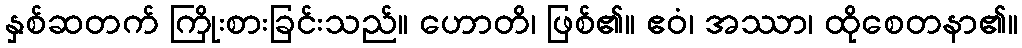
နှစ်ဆတက် ကြိုးစားခြင်းသည်။ ဟောတိ၊ ဖြစ်၏။ ဧဝံ၊ အဿာ၊ ထိုစေတနာ၏။